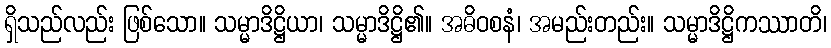
ရှိသည်လည်း ဖြစ်သော။ သမ္မာဒိဋ္ဌိယာ၊ သမ္မာဒိဋ္ဌိ၏။ အဓိဝစနံ၊ အမည်းတည်း။ သမ္မာဒိဋ္ဌိကဿာတိ၊